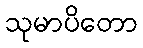
သုမာပိတော